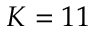
K = 1 1